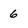
Character: 6